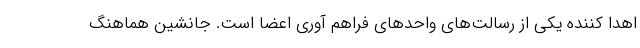
اهدا کننده یکی از رسالت‌های واحدهای فراهم آوری اعضا است. جانشین هماهنگ